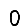
Digit: 0